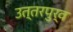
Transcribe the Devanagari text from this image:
उत्तरपुर्व